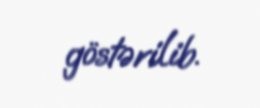
göstərilib.